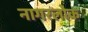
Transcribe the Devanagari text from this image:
नागरलोक